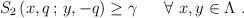
LaTeX: \begin{align*}\left. S_{2} \, (x,q \, ; \, y,-q) \geq \gamma \ \ \ \ \ \forall \ x,y \in\Lambda \ . \right.\end{align*}